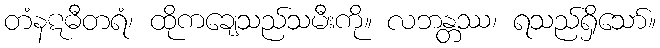
တံနဋဓီတရံ၊ ထိုကချေသည်သမီးကို။ လဘန္တဿ၊ ရသည်ရှိသော်။